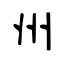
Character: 州